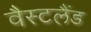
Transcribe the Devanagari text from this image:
वैस्टलैंड